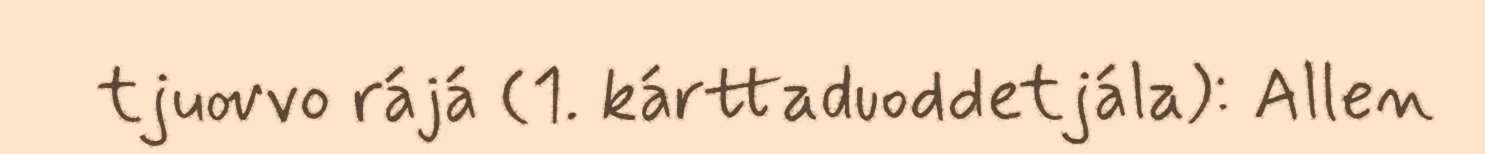
tjuovvo rájá (1. kárttaduoddetjála): Allen